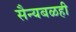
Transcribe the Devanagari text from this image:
सैन्यबळही